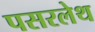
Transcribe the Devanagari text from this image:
पसरलेथ